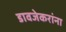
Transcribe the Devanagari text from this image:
डावजेकरांना